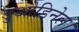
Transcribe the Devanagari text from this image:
डुओडिनेल।